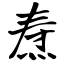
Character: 焘